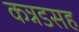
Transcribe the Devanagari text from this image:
कन्नडसह